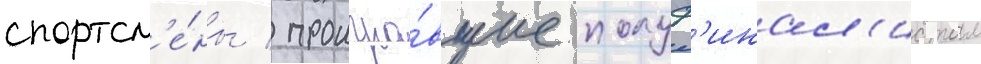
спортсм'е́ны / проигра́вшие полуф'инал'истам